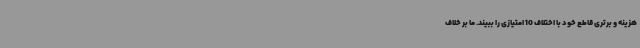
هزینه و برتری قاطع خود با اختلاف 10 امتیازی را ببیند. ما بر خلاف